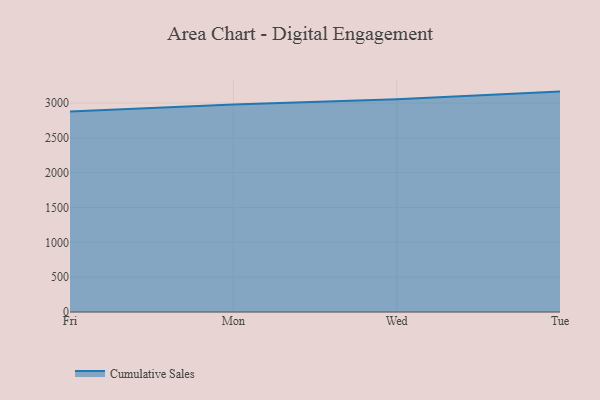
{"axis": {"x": "Day", "y": "Headcount"}, "legend": ["Cumulative Sales"], "data": [{"x": "Fri", "y": 2877.4, "type": "Cumulative Sales"}, {"x": "Mon", "y": 2980.7, "type": "Cumulative Sales"}, {"x": "Wed", "y": 3056.0, "type": "Cumulative Sales"}, {"x": "Tue", "y": 3164.2, "type": "Cumulative Sales"}]}